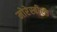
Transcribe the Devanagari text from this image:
मोरेस्बीला